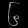
Digit: ၆